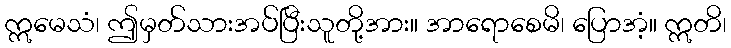
ဣမေသံ၊ ဤမှတ်သားအပ်ပြီးသူတို့အား။ အာရောစေမိ၊ ပြောအံ့။ ဣတိ၊